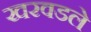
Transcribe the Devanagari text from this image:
खरवडले